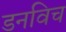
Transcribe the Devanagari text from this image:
डनविच